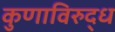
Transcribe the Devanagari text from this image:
कुणाविरुद्ध